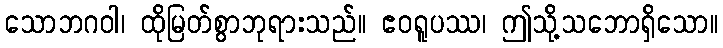
သောဘဂဝါ၊ ထိုမြတ်စွာဘုရားသည်။ ဧဝရူပဿ၊ ဤသို့သဘောရှိသော။